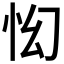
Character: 𱞇